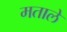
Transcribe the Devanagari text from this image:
मताले